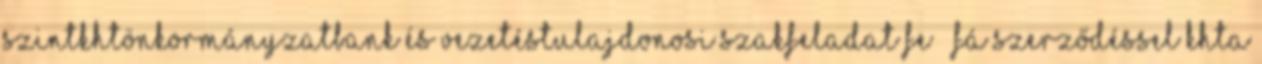
szintKhtÖnkormányzatBank és vezetésTulajdonosi Szakfeladat fe – fá szerződéssel KhtA